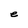
Character: e